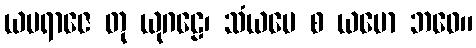
ယမရာဇေ တု ယုဂဠေ၊ သံယမေ စ ယမော ဘဝေ။